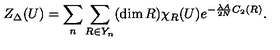
Z _ { \Delta } ( U ) = \sum _ { n } \sum _ { R \in Y _ { n } } ( \dim R ) \chi _ { R } ( U ) e ^ { - \frac { \lambda A } { 2 N } C _ { 2 } ( R ) } .